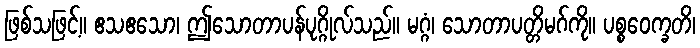
ဖြစ်သဖြင့်။ ဧသဧသော၊ ဤသောတာပန်ပုဂ္ဂိုလ်သည်။ မဂ္ဂံ၊ သောတာပတ္တိမဂ်ကို။ ပစ္စဝေက္ခတိ၊